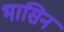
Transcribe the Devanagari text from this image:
भासिन